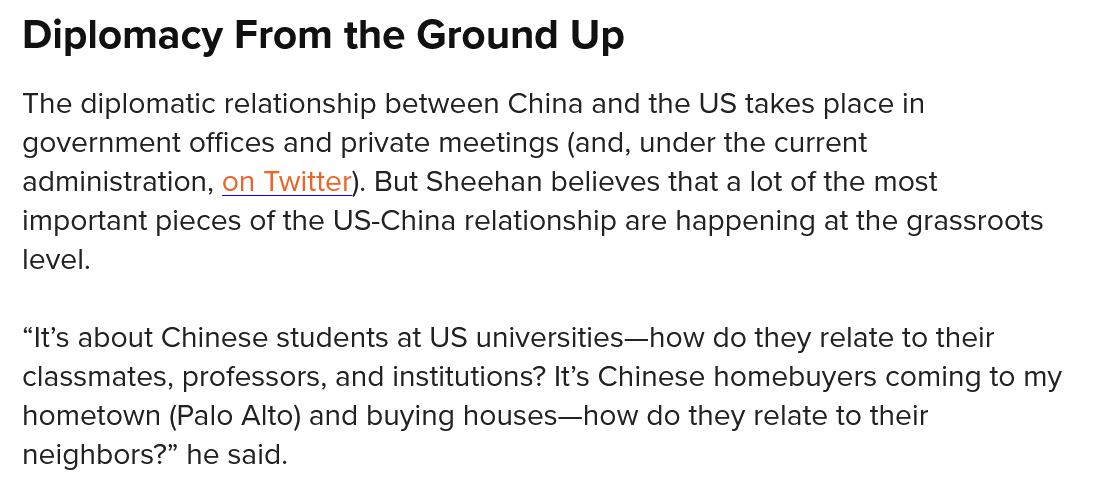
Diplomacy    From   the  Ground    Up
  The diplomatic relationship between China and the US takes place in
  government offices and private meetings (and, under the current
  administration, on Twitter). But Sheehan believes that a lot of the most
  important pieces of the US-China relationship are happening at the grassroots
  level.
  “It's about Chinese students at US universities—how do they relate to their
  classmates, professors, and institutions? It’s Chinese homebuyers coming to my
  hometown (Palo Alto) and buying houses—how do they relate to their
  neighbors?” he said.